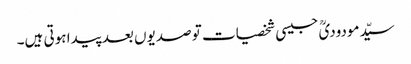
سیّدمودودیؒ جیسی شخصیات تو صدیوں بعد پیدا ہوتی ہیں۔